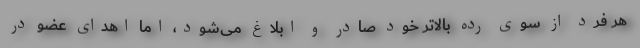
هر فرد از سوی رده بالاتر خود صادر و ابلاغ می‌شود، اما اهدای عضو در